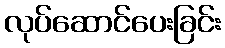
လုပ်ဆောင်ပေးခြင်း